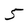
Character: 5